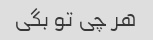
هر چی تو بگی